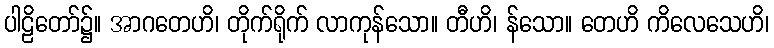
ပါဠိတော်၌။ အာဂတေဟိ၊ တိုက်ရိုက် လာကုန်သော။ တီဟိ၊ န်သော။ တေဟိ ကိလေသေဟိ၊